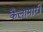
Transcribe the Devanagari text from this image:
कैलामारी